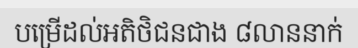
បម្រើដល់អតិថិជនជាង ៨លាននាក់